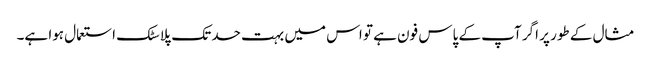
مثال کے طور پر اگر آپ کے پاس فون ہے تو اس میں بہت حد تک پلاسٹک استعمال ہوا ہے۔